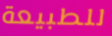
للطبيعة